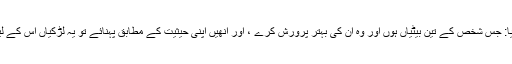
رسول اللہﷺ نے ارشاد فرمایا: جس شخص کے تین بیٹیاں ہوں اور وہ ان کی بہتر پرورش کرے ، اور انھیں اپنی حیثیت کے مطابق پہنائے تو یہ لڑکیاں اس کے لیے آگ سے حجاب ہوں گی۔